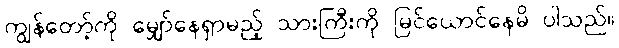
ကျွန်တော့်ကို မျှော်နေရှာမည့် သားကြီးကို မြင်ယောင်နေမိ ပါသည်။